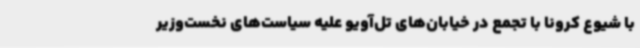
با شیوع کرونا با تجمع در خیابان‌های تل‌آویو علیه سیاست‌های نخست‌وزیر